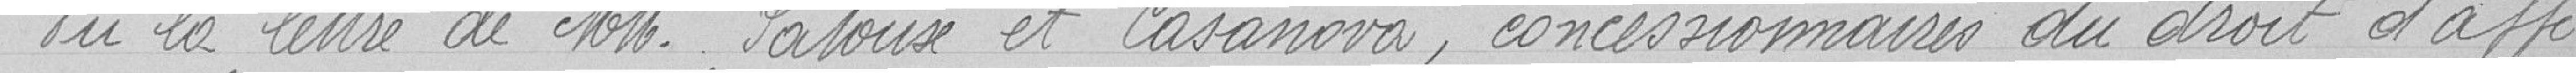
Vu la lettre de messieurs Patoux et Casanova, concessionnaires du droit d'affir-